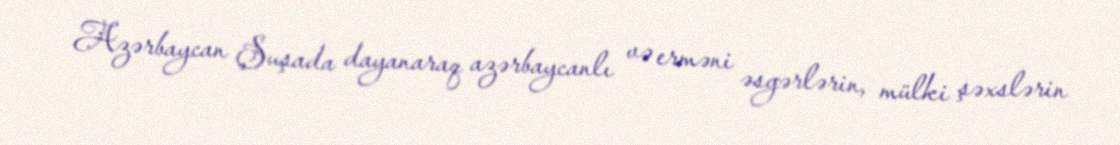
Azərbaycan Şuşada dayanaraq azərbaycanlı və erməni əsgərlərin, mülki şəxslərin